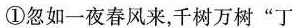
①忽如一夜春风来，千树万树”丁